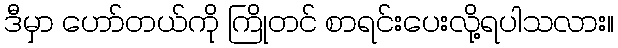
ဒီမှာ ဟော်တယ်ကို ကြိုတင် စာရင်းပေးလို့ရပါသလား။